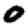
Digit: 0